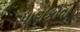
પાણકૌવા